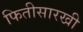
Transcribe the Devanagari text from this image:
फितीसारखी